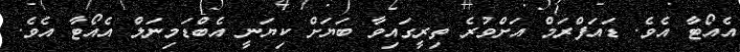
އެއޯޓާ އެވެ. ޑައަފްރަމް އަށްވުރެ ތިރީގައިވާ ބަޔަށް ކިޔަނީ އެބްޑަމިނަލް އެއޯޓާ އެވެ.